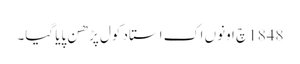
1848 چ اونوں اک استاد کول پڑھن پایا گیا۔